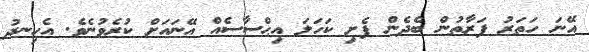
އޭނަ ހަތަރު ފަރާތުން ބެދެން ފެށި ކަހަލަ އިޙްސާސެއް އޭނައަށް ކުރެވުނެވެ. އެހިނދު